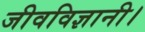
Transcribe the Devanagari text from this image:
जीवविज्ञानी।